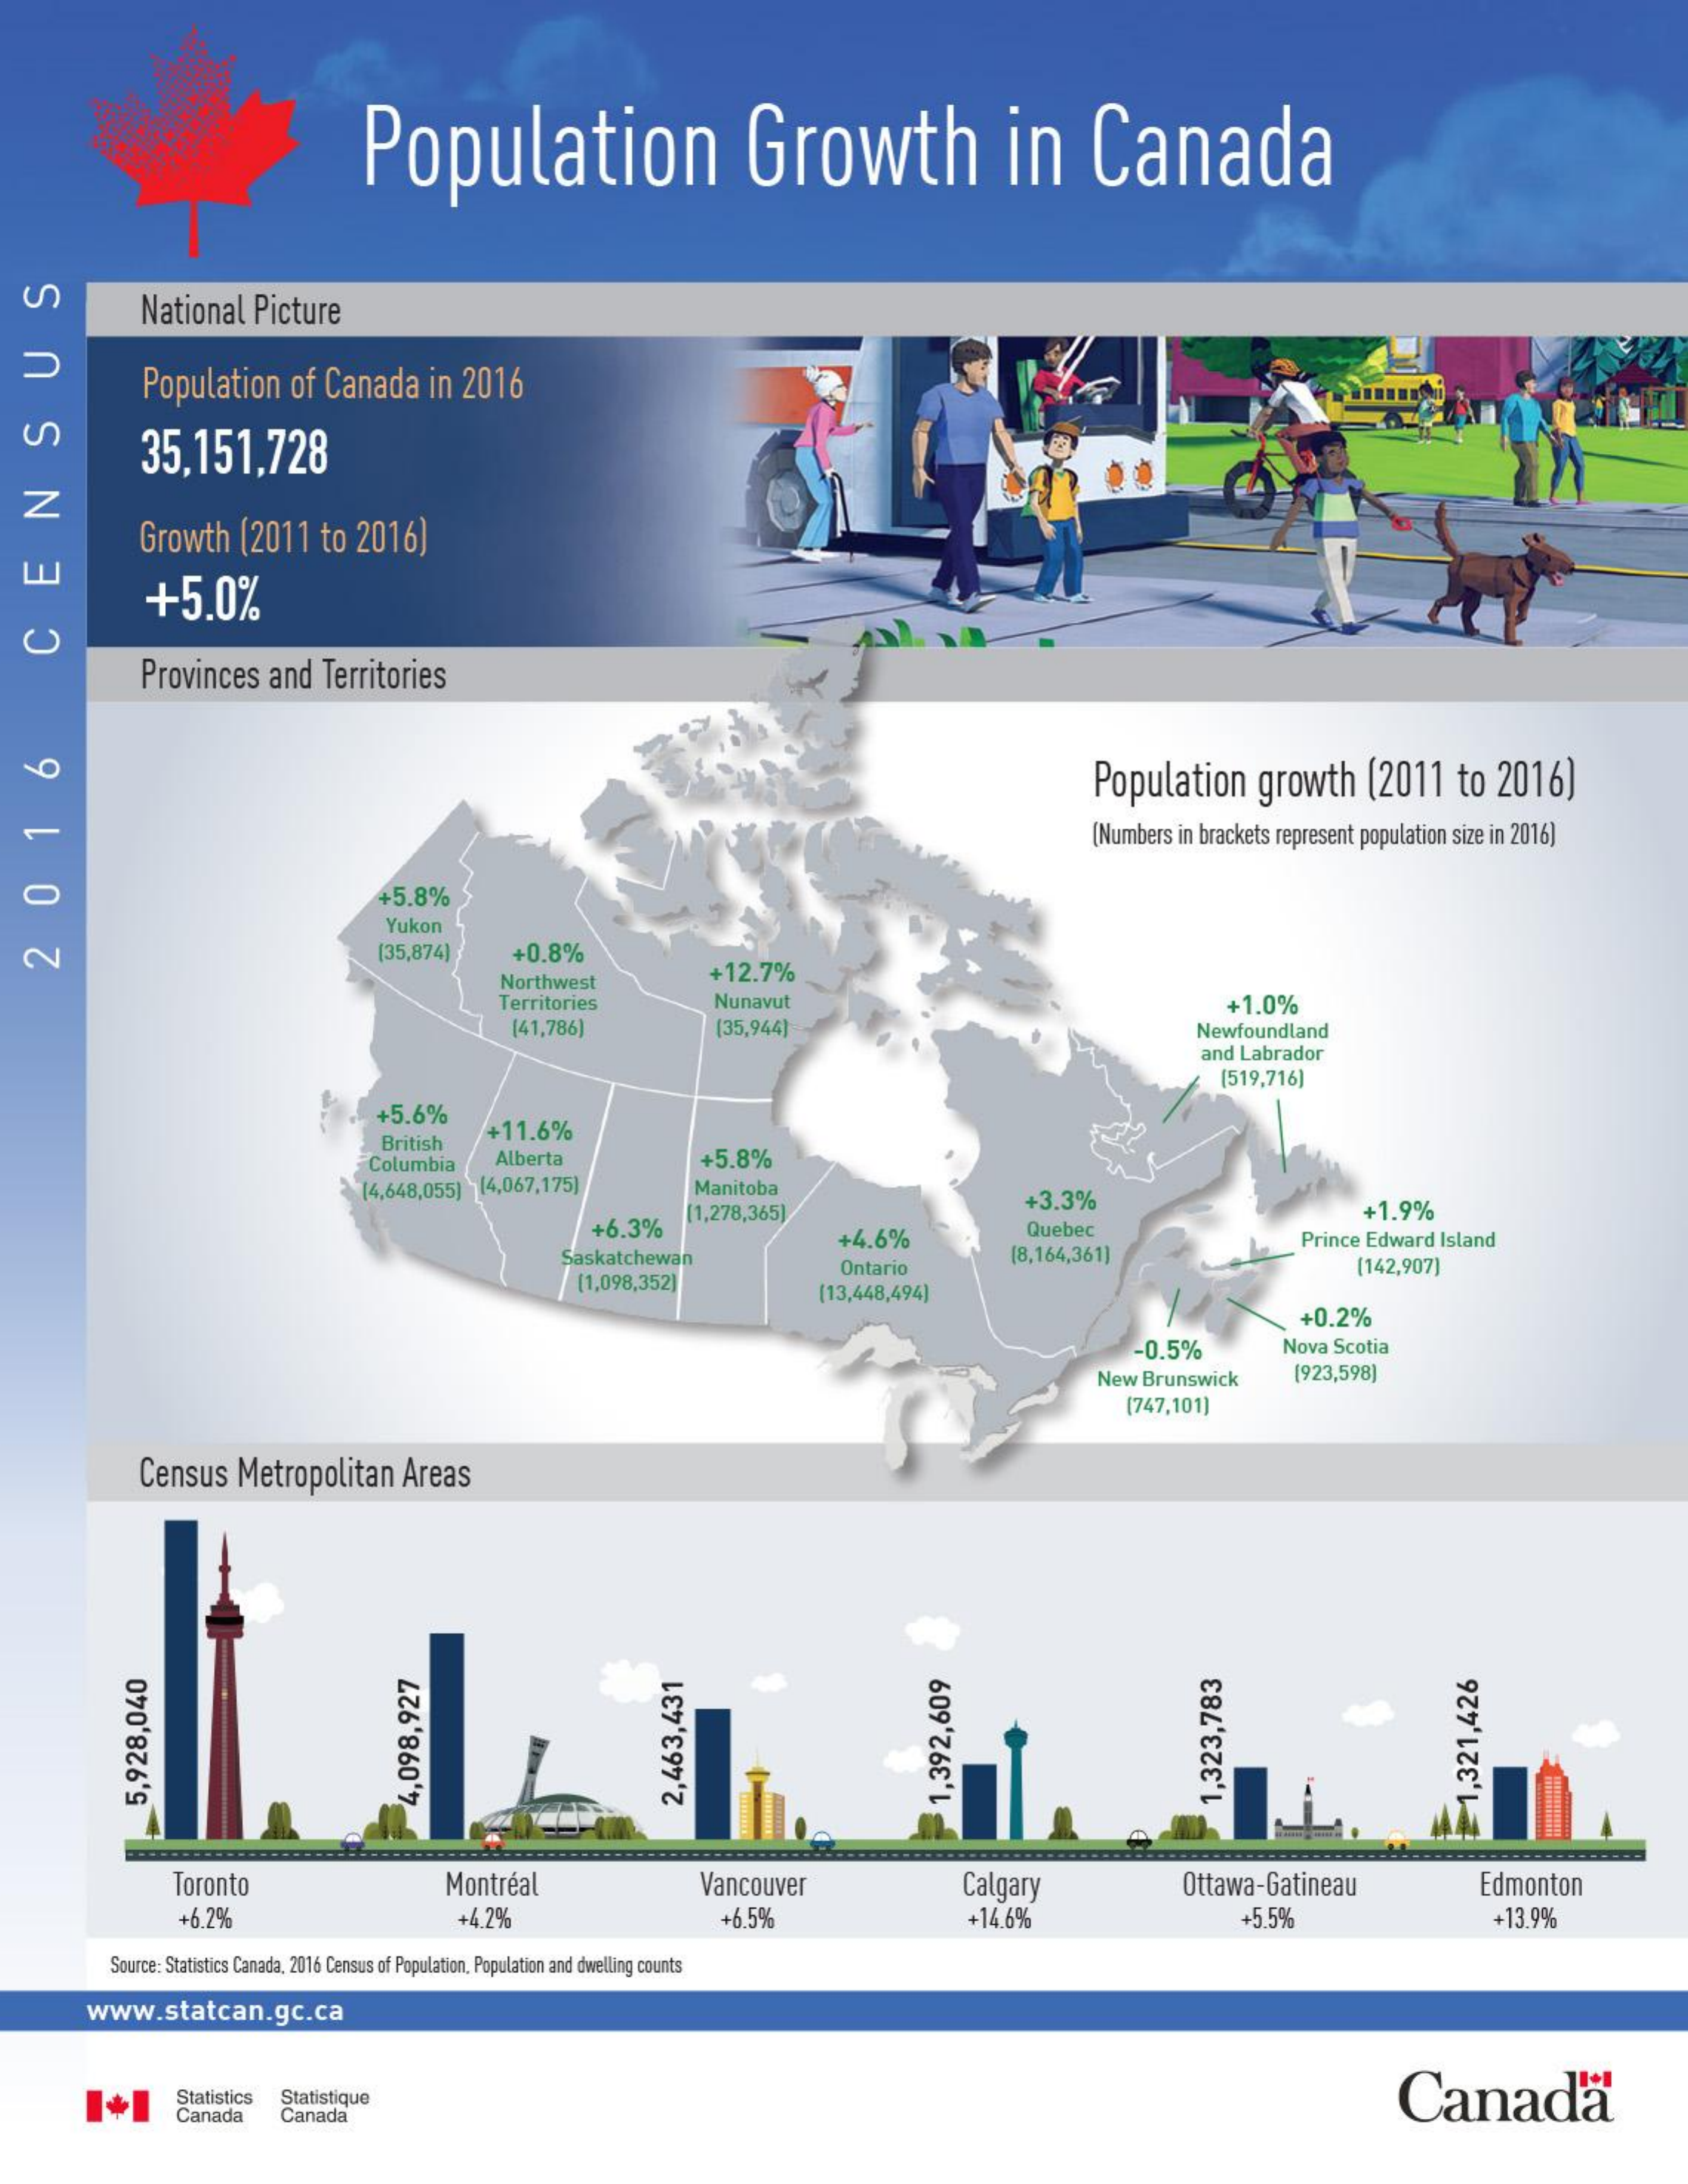
Population    Growth    in    Canada
     National    Picture
     Population    of  Canada    in  2016
   US
     35,151,728
     Growth    (2011    to  2016)
     +5.0%
     Provinces    and    Territories
   CENS
     Population    growth    (2011    to   2016)
     [Numbers  in brackets  represent  population  size in 2016)
     +5.8%
     Yukon
     [35,874)    +0.8%
     Northwest    +12.7%
   2016
     Territories    Nunavut    +1.0%
     [41,786)    (35,944]    Newfoundland
     and  Labrador
     [519,716]
     +5.6%
     British
     +11.6%
     Columbia    Alberta    +5.8%
     (4,648,055)    [4,067,175]    Manitoba    +3.3%
     +6.3%
     [1,278,365]    +1.9%
     Saskatchewan
     +4.6%    Quebec
     (8,164,361)
     Prince  Edward   Island
     (1,098,352)
     Ontario    [142,907)
     (13,448,494]
     +0.2%
     -0.5%    Nova   Scotia
     New  Brunswick    (923,598]
     [747,101)
     Census    Metropolitan    Areas
     1,392,609 4,098,927 2,463,431    1,323,783 5,928,040    £1,321,426
     Toronto    Montréal    Vancouver    Calgary    Ottawa-Gatineau    Edmonton
     +6.2%    +4,2%    +6.5%    +14.6%    +5.5%    +13.9%
     Source: Statistics Canada. 2016 Census of Population. Population and dwelling counts
     www.statcan.gc.ca
     Statistique    Canada Statistics
     Canada    Canada